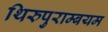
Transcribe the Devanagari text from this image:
थिरुपुराम्बयम